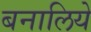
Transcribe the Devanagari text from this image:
बनालिये